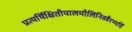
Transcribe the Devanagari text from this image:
प्रत्यर्थिक्षितीपालमौलिनिवहैरभ्यर्चि